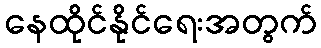
နေထိုင်နိုင်ရေးအတွက်